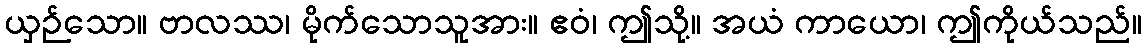
ယှဉ်သော။ ဗာလဿ၊ မိုက်သောသူအား။ ဧဝံ၊ ဤသို့။ အယံ ကာယော၊ ဤကိုယ်သည်။